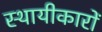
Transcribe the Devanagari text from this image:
स्थायीकारों